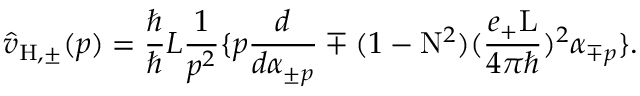
\hat { v } _ { \mathrm { H , \pm } } ( p ) = \frac { \hbar } { \hbar } { L } \frac { 1 } { p ^ { 2 } } \{ p \frac { d } { d { \alpha } _ { \pm p } } \mp ( 1 - \mathrm { N } ^ { 2 } ) ( \frac { e _ { + } \mathrm { L } } { 4 { \pi } { \hbar } } ) ^ { 2 } { \alpha } _ { \mp p } \} .